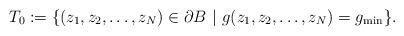
LaTeX: \begin{align*}T_0 := \{ (z_1,z_2,\dots,z_N) \in \partial B \ |\ g(z_1,z_2,\dots,z_N) =g_{\min} \}.\end{align*}